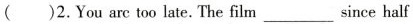
()2.You are too late. The film___since half